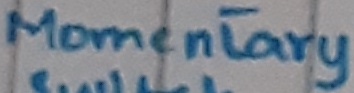
Text: Momentary